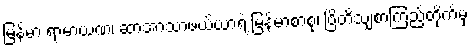
မြန်မာ ရာမာယဏ၊ ဆာအာသာဖယ်ယာရဲ့ မြန်မာစာစု၊ ဗြိတိသျှစာကြည့်တိုက်မှ